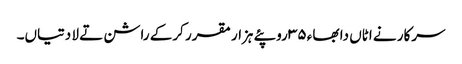
سرکار نے اٹاں دا بھاء ٣٥ روپئے ہزار مقرر کرکے راشن تے لا دتیاں۔